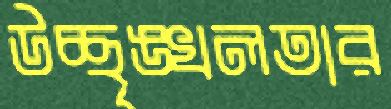
উচ্ছৃঙ্খলতার